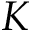
K